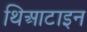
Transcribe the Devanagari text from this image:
थिआटाइन